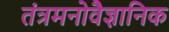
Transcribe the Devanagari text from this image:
तंत्रमनोवैज्ञानिक